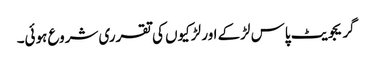
گریجویٹ پاس لڑ‌کے اور لڑکیوں کی تقرری شروع ہوئی۔